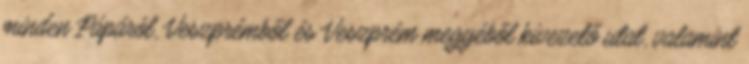
minden Pápáról, Veszprémből és Veszprém megyéből kivezető utat, valamint